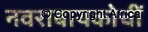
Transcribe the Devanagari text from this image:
नवराबायकोचीं